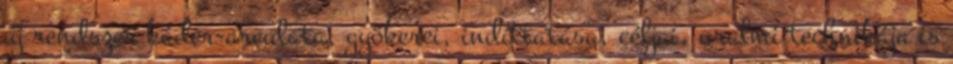
új rendszer káder-arculata, gyökerei, indíttatása, céljai, uralmi technikája is